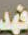
فهد